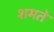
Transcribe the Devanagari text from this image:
शमते